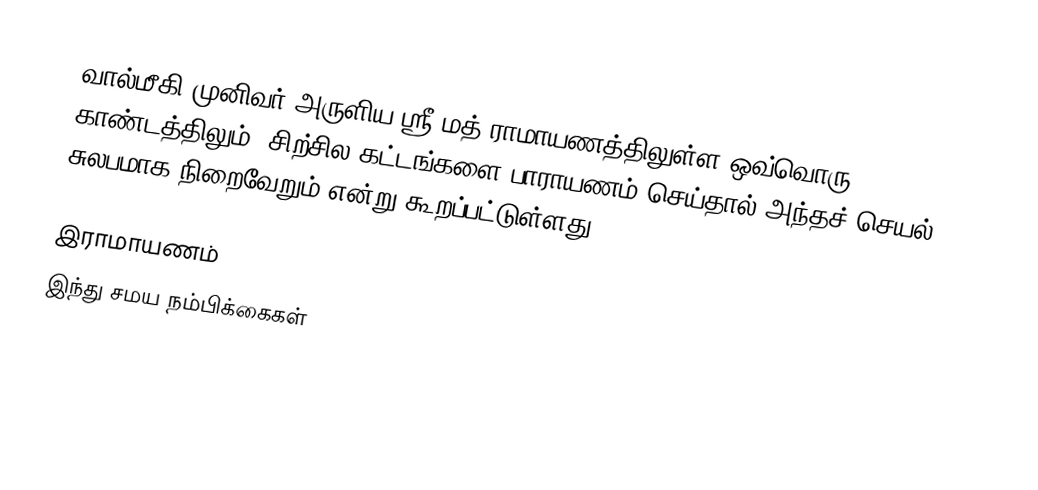
வால்மீகி முனிவர் அருளிய ஸ்ரீ மத் ராமாயணத்திலுள்ள ஒவ்வொரு காண்டத்திலும், சிற்சில கட்டங்களை பாராயணம் செய்தால் அந்தச் செயல் சுலபமாக நிறைவேறும் என்று கூறப்பட்டுள்ளது.

 இராமாயணம்
இந்து சமய நம்பிக்கைகள்